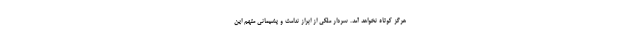
هرگز کوتاه نخواهد آمد. سردار ملکی از ابراز ندامت و پشیمانی متهم این